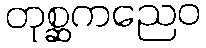
တုစ္ဆကညေဝ